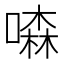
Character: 𠾣